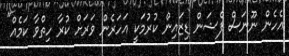
އެހެން ނޫނަސް ފެޝަން ޑިޒައިން ކުރުމަކީ އަހަރެން ވަރަށް ކުރާ ހިތްވާ ކަމެއް"